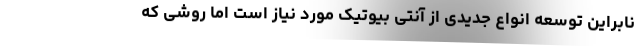
نابراین توسعه انواع جدیدی از آنتی بیوتیک مورد نیاز است اما روشی که